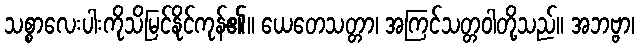
သစ္စာလေးပါးကိုသိမြင်နိုင်ကုန်၏။ ယေတေသတ္တာ၊ အကြင်သတ္တဝါတို့သည်။ အဘဗ္ဗာ၊